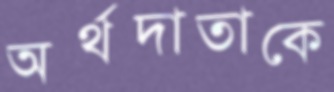
অর্থদাতাকে